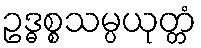
ဥဒ္ဓစ္စသမ္ပယုတ္တံ